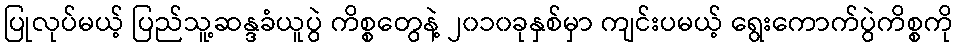
ပြုလုပ်မယ့် ပြည်သူ့ဆန္ဒခံယူပွဲ ကိစ္စတွေနဲ့ ၂၀၁၀ခုနှစ်မှာ ကျင်းပမယ့် ရွေးကောက်ပွဲကိစ္စကို